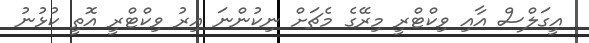
އީގަލްސް އާއި ވިކްޓްރީ މިރޭގެ މެޗަށް ނިކުންނަ އިރު ވިކްޓްރީ އޮތީ ކުޅުނު